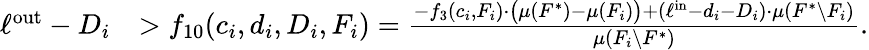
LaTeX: \begin{array}{rl}{\ell^{\mathrm{out}}-D_{i}}&{>f_{10}(c_{i},d_{i},D_{i},F_{i})=\frac{-f_{3}(c_{i},F_{i})\cdot\big(\mu(F^{*})-\mu(F_{i})\big)+(\ell^{\mathrm{in}}-d_{i}-D_{i})\cdot\mu(F^{*}\setminus F_{i})}{\mu(F_{i}\setminus F^{*})}.}\end{array}